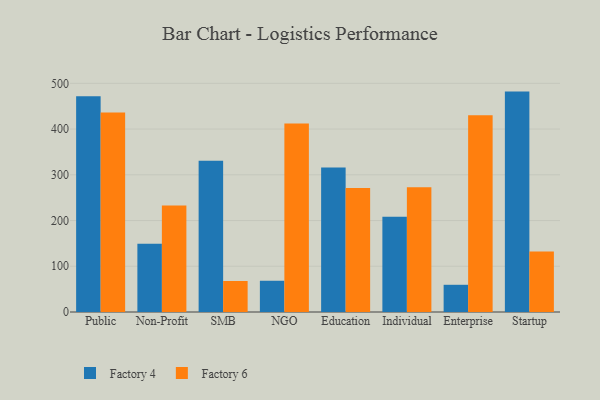
{"axis": {"x": "Segment", "y": "Website Visitors"}, "legend": ["Factory 4", "Factory 6"], "data": [{"x": "Public", "y": 471.6, "type": "Factory 4"}, {"x": "Public", "y": 436.0, "type": "Factory 6"}, {"x": "Non-Profit", "y": 149.0, "type": "Factory 4"}, {"x": "Non-Profit", "y": 232.7, "type": "Factory 6"}, {"x": "SMB", "y": 330.6, "type": "Factory 4"}, {"x": "SMB", "y": 67.8, "type": "Factory 6"}, {"x": "NGO", "y": 68.3, "type": "Factory 4"}, {"x": "NGO", "y": 412.2, "type": "Factory 6"}, {"x": "Education", "y": 316.1, "type": "Factory 4"}, {"x": "Education", "y": 270.9, "type": "Factory 6"}, {"x": "Individual", "y": 208.5, "type": "Factory 4"}, {"x": "Individual", "y": 272.8, "type": "Factory 6"}, {"x": "Enterprise", "y": 59.5, "type": "Factory 4"}, {"x": "Enterprise", "y": 430.3, "type": "Factory 6"}, {"x": "Startup", "y": 481.9, "type": "Factory 4"}, {"x": "Startup", "y": 132.1, "type": "Factory 6"}]}